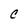
Character: C